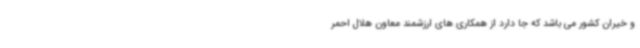
و خیران کشور می باشد که جا دارد از همکاری های ارزشمند معاون هلال احمر